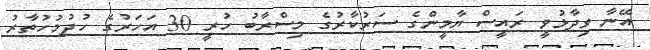
އޭނާ ވިދާޅުވީ ރައީސް ޔާމީންގެ ސަރުކާރުގެ މިސްރާބު ހުރީ 30 އަހަރުގެ ހުދުމުހުތާރު